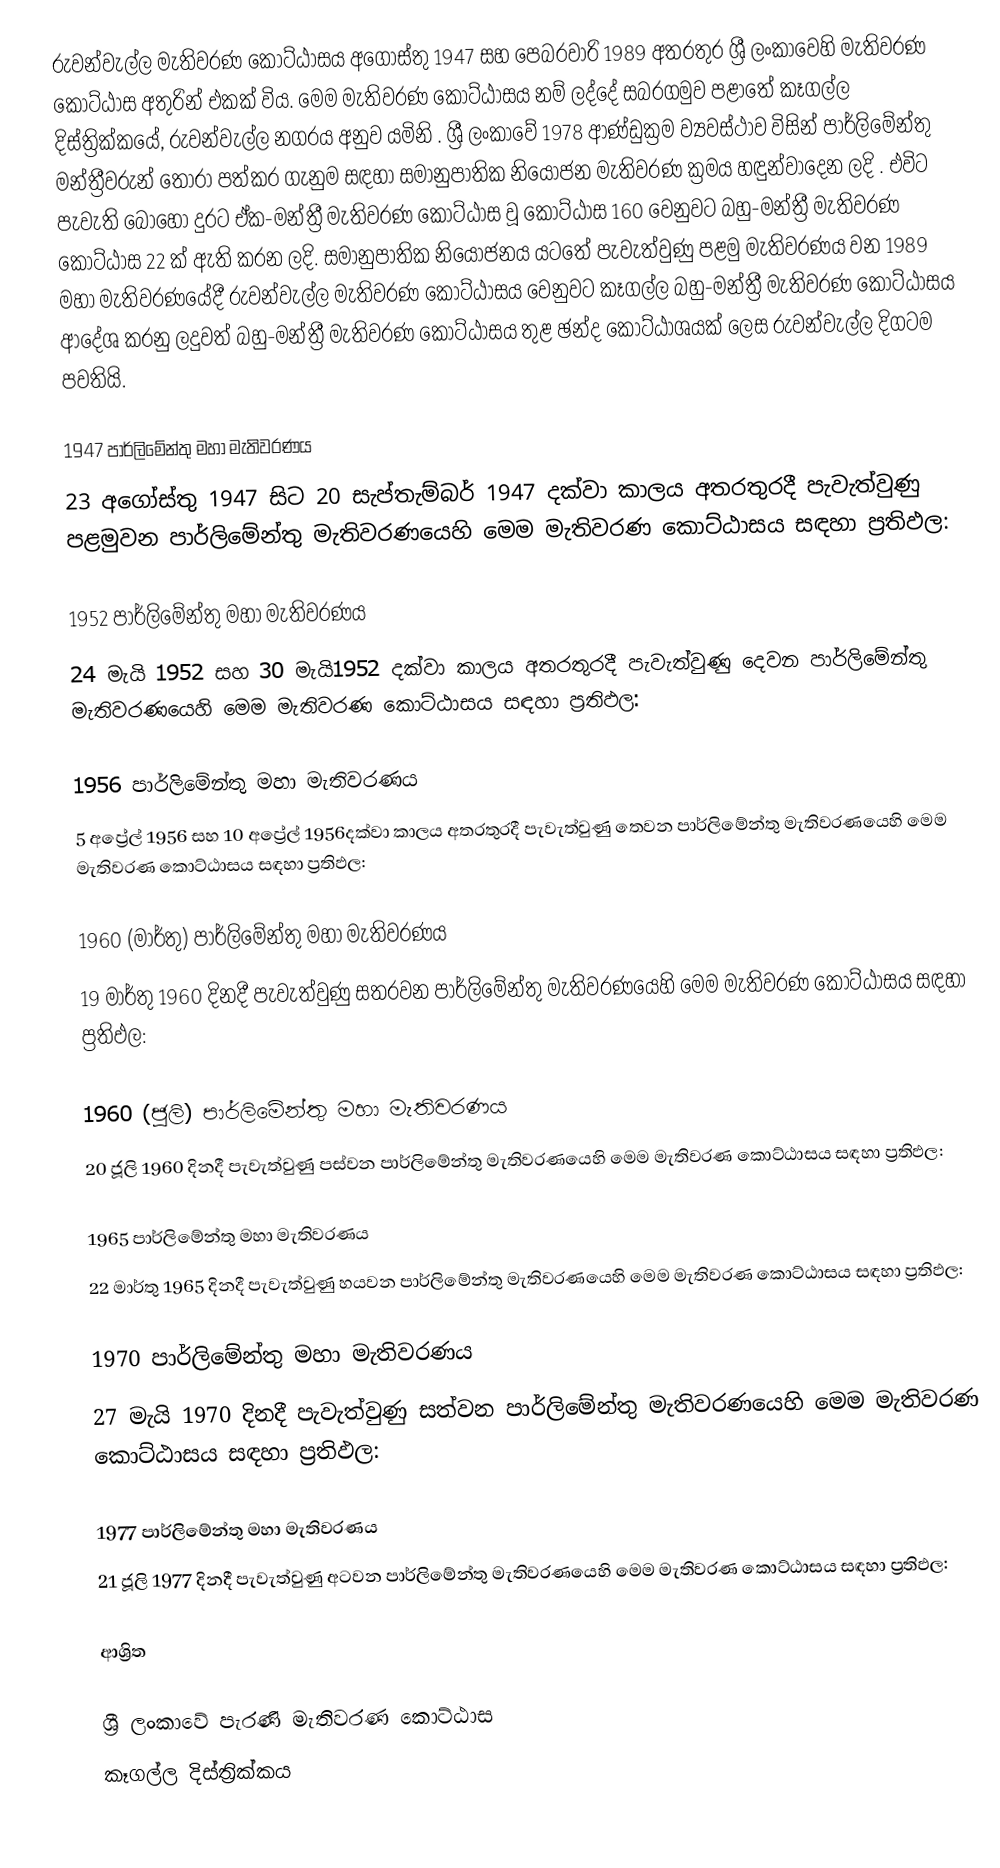
රුවන්වැල්ල මැතිවරණ කොට්ඨාසය  අගෝස්තු 1947 සහ පෙබරවාරි 1989 අතරතුර  ශ්‍රී ලංකාවෙහි  මැතිවරණ කොට්ඨාස අතුරින් එකක් විය. මෙම මැතිවරණ කොට්ඨාසය නම් ලද්දේ  සබරගමුව පළාතේ  කෑගල්ල  දිස්ත්‍රික්කයේ,  රුවන්වැල්ල නගරය අනුව යමිනි . ශ්‍රී ලංකාවේ 1978 ආණ්ඩුක්‍රම ව්‍යවස්ථාව විසින්   පාර්ලිමේන්තු මන්ත්‍රීවරුන් තෝරා පත්කර ගැනුම සඳහා සමානුපාතික නියෝජන මැතිවරණ ක්‍රමය හඳුන්වාදෙන ලදි . එවිට පැවැති බොහෝ දුරට  ඒක-මන්ත්‍රී මැතිවරණ කොට්ඨාස වූ කොට්ඨාස 160 වෙනුවට බහු-මන්ත්‍රී මැතිවරණ කොට්ඨාස 22 ක් ඇති කරන ලදි. සමානුපාතික නියෝජනය යටතේ පැවැත්වුණු පළමු මැතිවරණය වන 1989 මහා මැතිවරණයේදී  රුවන්වැල්ල මැතිවරණ කොට්ඨාසය වෙනුවට  කෑගල්ල බහු-මන්ත්‍රී මැතිවරණ කොට්ඨාසය  ආදේශ කරනු ලදුවත් බහු-මන්ත්‍රී මැතිවරණ කොට්ඨාසය තුළ ඡන්ද කොට්ඨාශයක් ලෙස රුවන්වැල්ල දිගටම පවතියි.

1947 පාර්ලිමේන්තු මහා මැතිවරණය
23 අගෝස්තු 1947 සිට 20 සැප්තැම්බර් 1947 දක්වා කාලය අතරතුරදී පැවැත්වුණු  පළමුවන පාර්ලිමේන්තු මැතිවරණයෙහි මෙම මැතිවරණ කොට්ඨාසය සඳහා ප්‍රතිඵල:

1952 පාර්ලිමේන්තු මහා මැතිවරණය
24 මැයි 1952 සහ 30 මැයි1952 දක්වා කාලය අතරතුරදී පැවැත්වුණු  දෙවන පාර්ලිමේන්තු මැතිවරණයෙහි මෙම මැතිවරණ කොට්ඨාසය සඳහා ප්‍රතිඵල:

1956 පාර්ලිමේන්තු මහා මැතිවරණය
5 අප්‍රේල් 1956 සහ 10 අප්‍රේල් 1956දක්වා කාලය අතරතුරදී පැවැත්වුණු  තෙවන පාර්ලිමේන්තු මැතිවරණයෙහි මෙම මැතිවරණ කොට්ඨාසය සඳහා ප්‍රතිඵල:

1960 (මාර්තු) පාර්ලිමේන්තු මහා මැතිවරණය
19 මාර්තු 1960 දිනදී පැවැත්වුණු  සතරවන පාර්ලිමේන්තු මැතිවරණයෙහි මෙම මැතිවරණ කොට්ඨාසය සඳහා ප්‍රතිඵල:

1960 (ජූලි) පාර්ලිමේන්තු මහා මැතිවරණය
20 ජූලි 1960 දිනදී පැවැත්වුණු  පස්වන පාර්ලිමේන්තු මැතිවරණයෙහි මෙම මැතිවරණ කොට්ඨාසය සඳහා ප්‍රතිඵල:

1965 පාර්ලිමේන්තු මහා මැතිවරණය
22 මාර්තු 1965  දිනදී පැවැත්වුණු  හයවන පාර්ලිමේන්තු මැතිවරණයෙහි මෙම මැතිවරණ කොට්ඨාසය සඳහා ප්‍රතිඵල:

1970 පාර්ලිමේන්තු මහා මැතිවරණය
27 මැයි 1970 දිනදී පැවැත්වුණු  සත්වන පාර්ලිමේන්තු මැතිවරණයෙහි මෙම මැතිවරණ කොට්ඨාසය සඳහා ප්‍රතිඵල:

1977 පාර්ලිමේන්තු මහා මැතිවරණය
21 ජූලි 1977 දිනදී පැවැත්වුණු  අටවන පාර්ලිමේන්තු මැතිවරණයෙහි මෙම මැතිවරණ කොට්ඨාසය සඳහා ප්‍රතිඵල:

ආශ්‍රිත

ශ්‍රී ලංකාවේ පැරණි මැතිවරණ කොට්ඨාස
 කෑගල්ල දිස්ත්‍රික්කය